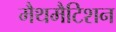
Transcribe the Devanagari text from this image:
मैथमैटिशन